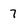
Character: 7